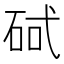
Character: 𮀕